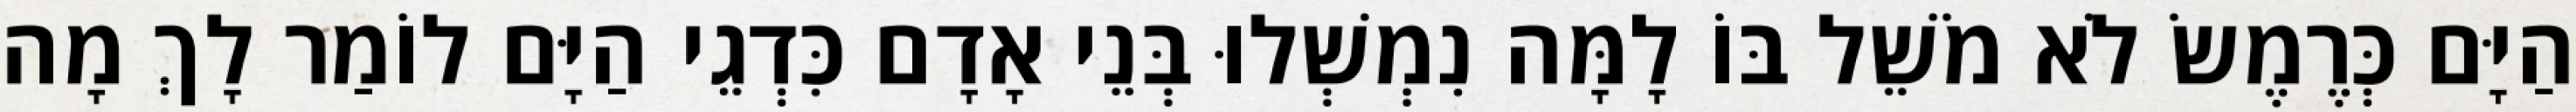
הַיָּם כְּרֶמֶשׂ לֹא מֹשֵׁל בּוֹ לָמָּה נִמְשְׁלוּ בְּנֵי אָדָם כִּדְגֵי הַיָּם לוֹמַר לָךְ מָה